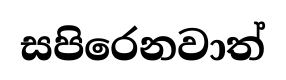
සපිරෙනවාත්